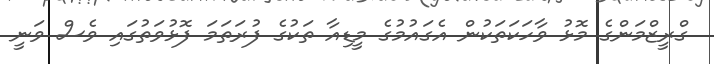
ގްރީޒްމަންގެ މޮޅު ވާހަކަތަކުން އެގައުމުގެ މީޑިއާ ތަކުގެ ފުރަތަމަ ފޮޅުވަތުގައި ވެސް ވަނީ